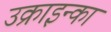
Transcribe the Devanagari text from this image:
उक्राइन्का